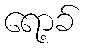
ရော့ခ်